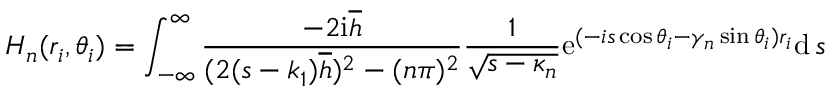
H _ { n } ( r _ { i } , \theta _ { i } ) = \int _ { - \infty } ^ { \infty } \frac { - 2 \mathrm { i } \overline { { h } } } { ( 2 ( s - k _ { 1 } ) \overline { { h } } ) ^ { 2 } - ( n \pi ) ^ { 2 } } \frac { 1 } { \sqrt { s - \kappa _ { n } } } \mathrm { e } ^ { ( - i s \cos \theta _ { i } - \gamma _ { n } \sin \theta _ { i } ) r _ { i } } \mathrm { d } \, s